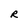
Character: R